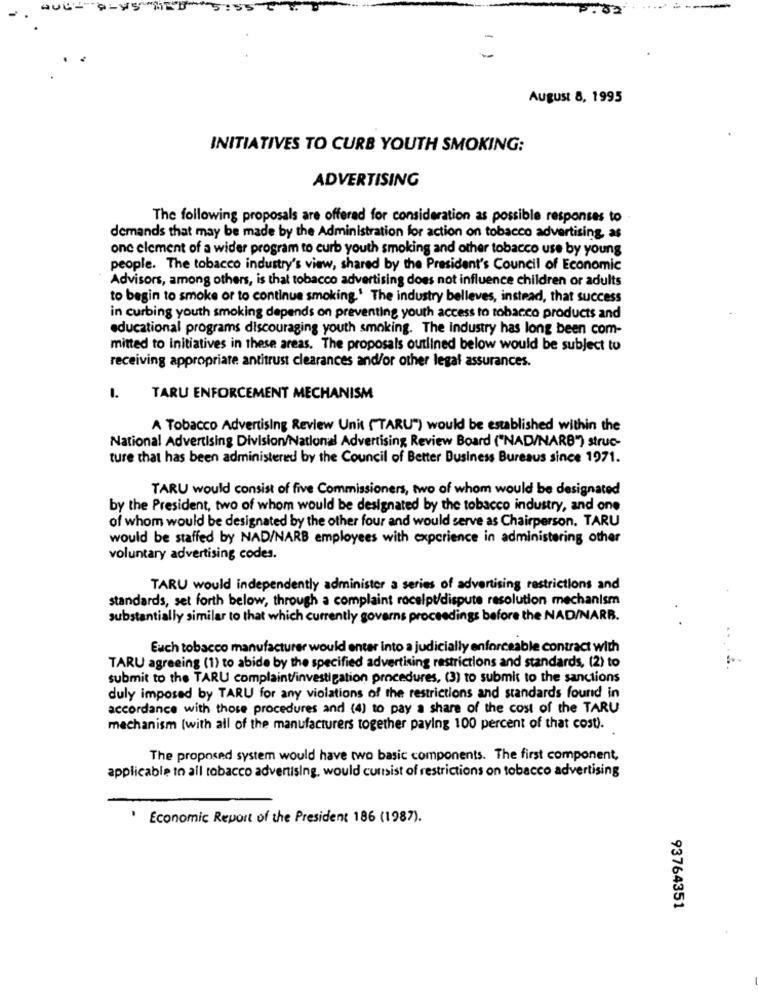
82
August 8, 1995
INITIATIVES TO CURB YOUTH SMOKING:
ADVERTISING
The following proposals are offered for consideration as possible responses to
demands that may be made by the Administration for action on tobacco advertising, as
one element of a wider program to curb youth smoking and other tobacco use by young
people. The tobacco industry's view, shared by the President's Council of Economic
Advisors, among others, is that tobacco advertising does not influence children or adults
to begin to smoke or to continue smoking.' The industry belleves, instead, that success
in curbing youth smoking depends on preventing youth access to tobacco products and
educational programs discouraging youth smoking. The Industry has long been com-
mitted to initiatives in these areas. The proposals outlined below would be subject to
receiving appropriate antitrust clearances and/or other legal assurances.
TARU ENFORCEMENT MECHANISM
A Tobacco Advertising Review Unit ( TARU") would be established within the
National Advertising Division/National Advertising Review Board ("NAD/NARB") struc-
ture that has been administered by the Council of Better Business Bureaus since 1971.
TARU would consist of five Commissioners, two of whom would be designated
by the President, two of whom would be designated by the tobacco industry, and one
of whom would be designated by the other four and would serve as Chairperson. TARU
would be staffed by NAD/NARB employees with experience in administering other
voluntary advertising codes.
TARU would independently administer a series of advertising restrictions and
standards, set forth below, through a complaint rocelpt/dispute resolution mechanism
substantially similar to that which currently governs proceedings before the NAD/NARB.
Euch tobacco manufacturer would enter into a judicially enforceable contract with
TARU agreeing (1) to abide by the specified advertising restrictions and standards, (2) to
submit to the TARU complaint/investigation procedures, (3) to submit to the sanctions
duly imposed by TARU for any violations of the restrictions and standards found in
accordance with those procedures and (4) to pay a share of the cost of the TARU
mechanism (with all of the manufacturers together paying 100 percent of that cost).
The proposed system would have two basic components. The first component,
applicable to all tobacco advertising, would cursist of restrictions on tobacco advertising
. Economic Report of the President 186 (1987).
93764351